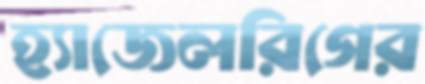
হ্যাজেলরিগের